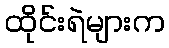
ထိုင်းရဲများက